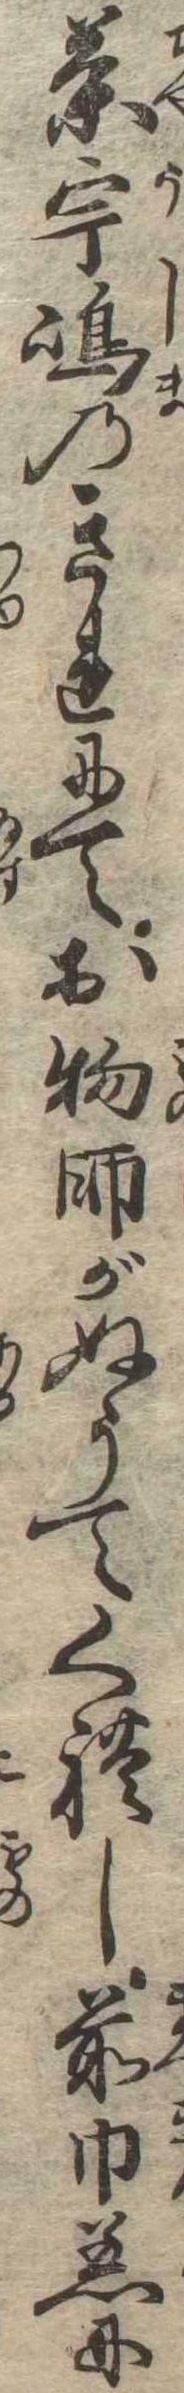
茶宇島のきれにてお物師がぬうてくれし前巾着に